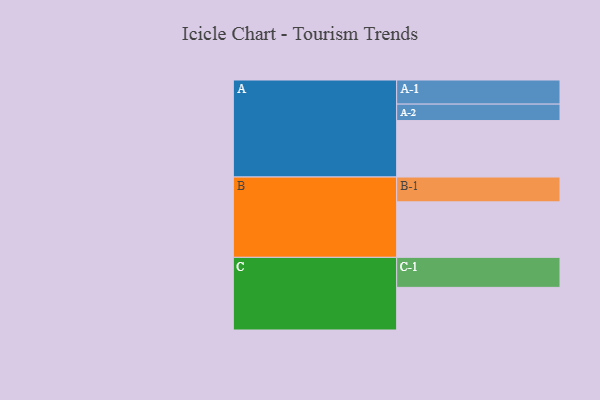
{"axis": {"x": "Segment", "y": "Value"}, "legend": ["", "A", "B", "C"], "data": [{"x": "A", "y": 412, "type": ""}, {"x": "B", "y": 405, "type": ""}, {"x": "C", "y": 311, "type": ""}, {"x": "A-1", "y": 176, "type": "A"}, {"x": "A-2", "y": 120, "type": "A"}, {"x": "B-1", "y": 181, "type": "B"}, {"x": "C-1", "y": 219, "type": "C"}]}